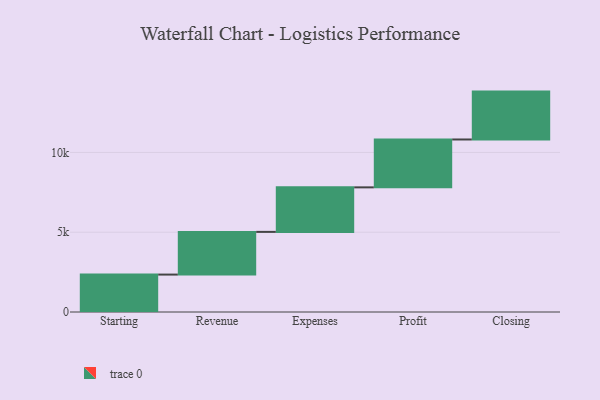
{"axis": {"x": "Step", "y": "Value"}, "legend": [""], "data": [{"x": "Starting", "y": 2345.0, "type": ""}, {"x": "Revenue", "y": 2675.0, "type": ""}, {"x": "Expenses", "y": 2790.0, "type": ""}, {"x": "Profit", "y": 3000, "type": ""}, {"x": "Closing", "y": 3000, "type": ""}]}